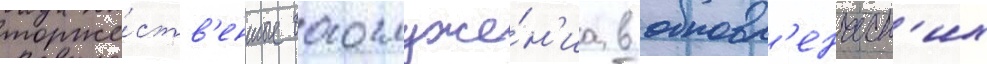
торже́ств'енные богослуже́н'иа в обновл'енческ'их